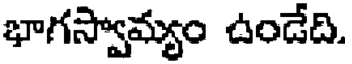
భాగస్వామ్యం ఉండేది.